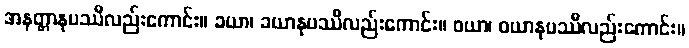
အနတ္တာနုပဿီလည်းကောင်း။ ခယာ၊ ခယာနုပဿီလည်းကောင်း။ ဝယာ၊ ဝယာနုပဿီလည်းကောင်း။